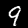
Digit: 9